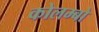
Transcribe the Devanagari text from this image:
कोलम्‍बो